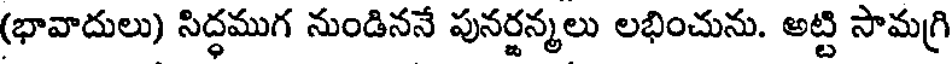
(భావాదులు) సిద్ధముగ నుండిననే పునర్జన్మలు లభించును. అట్టి సామగ్రి